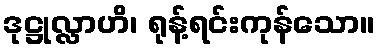
ဒုဋ္ဌုလ္လာဟိ၊ ရုန့်ရင်းကုန်သော။